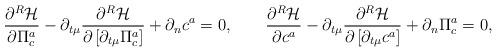
LaTeX: \begin{align*}{{\partial ^R {\cal H}} \over {\partial \Pi _c^a}} -\partial _{t\mu }{{\partial ^R {\cal H}} \over {\partial \left[ {\partial _{t\mu }\Pi _c^a} \right]}} +\partial _nc^a=0,\qquad {{\partial ^R {\cal H}} \over {\partial c^a}} -\partial _{t\mu }{{\partial ^R {\cal H}} \over {\partial \left[ {\partial _{t\mu }c^a} \right]}} +\partial _n\Pi _c^a=0, \end{align*}